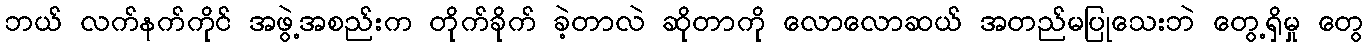
ဘယ် လက်နက်ကိုင် အဖွဲ့အစည်းက တိုက်ခိုက် ခဲ့တာလဲ ဆိုတာကို လောလောဆယ် အတည်မပြုသေးဘဲ တွေ့ရှိမှု တွေ